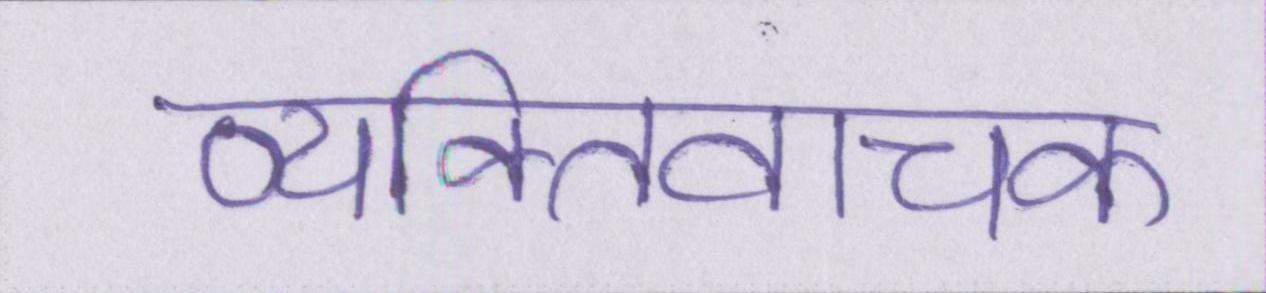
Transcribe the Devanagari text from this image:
व्यक्तिवाचक